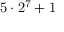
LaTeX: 5 \cdot 2 ^ { 7 } + 1